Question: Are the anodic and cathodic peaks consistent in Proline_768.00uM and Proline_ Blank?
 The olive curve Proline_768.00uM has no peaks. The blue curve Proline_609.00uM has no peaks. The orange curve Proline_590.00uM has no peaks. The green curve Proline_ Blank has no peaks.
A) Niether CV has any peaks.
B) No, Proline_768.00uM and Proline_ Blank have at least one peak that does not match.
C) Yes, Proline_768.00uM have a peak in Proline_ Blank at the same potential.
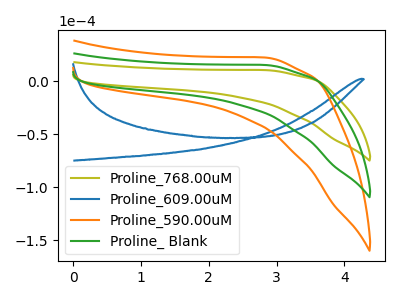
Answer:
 <answer>A) Niether CV has any peaks.</answer>
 <eval>A</eval>